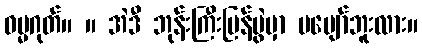
ဓမ္မဂုတ်။ ။ အဲဒီ ဘုန်းကြီးပြန်ပွဲမှာ မပျော်ဘူးလား။